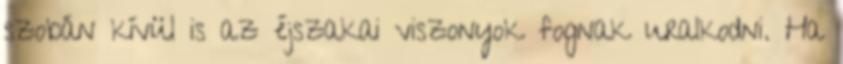
szobán kívül is az éjszakai viszonyok fognak uralkodni. Ha